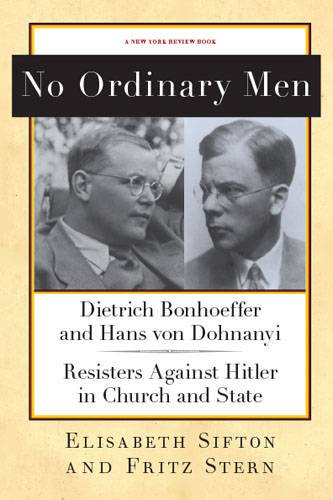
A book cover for No Ordinary Men: Dietrich Bonhoeffer and Hans von Dohnanyi, Resisters Against Hitler in Church and State (New York Review Books Collections); Fritz Stern; Law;